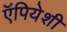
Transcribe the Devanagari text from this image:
ऍपियेशी